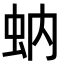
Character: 蚋